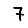
Digit: 7